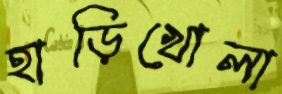
হাড়িখোলা